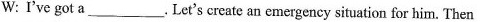
W:I've got a ___. Let's create an emergency situation for him. Then